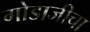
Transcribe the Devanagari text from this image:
गोडाजीचा